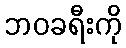
ဘဝခရီးကို